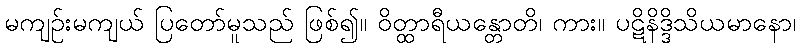
မကျဉ်းမကျယ် ပြတော်မူသည် ဖြစ်၍။ ဝိတ္ထာရီယန္တောတိ၊ ကား။ ပဋိနိဒ္ဒိသိယမာနော၊